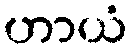
ဟာယံ